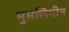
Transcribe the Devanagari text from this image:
मुसलिमीन